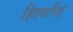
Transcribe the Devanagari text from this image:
हिललैंड